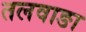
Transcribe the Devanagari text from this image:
तलवाङा